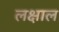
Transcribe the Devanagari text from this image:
लक्षाल